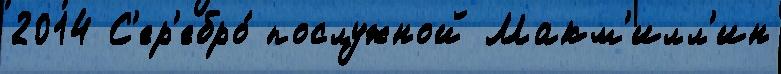
2014 С'ер'ебро́ послужной Макм'илл'ин